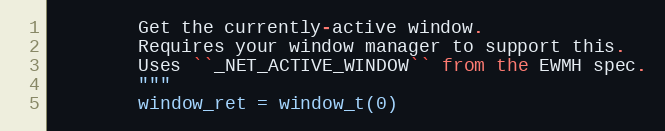
Language: Python
        Get the currently-active window.
        Requires your window manager to support this.
        Uses ``_NET_ACTIVE_WINDOW`` from the EWMH spec.
        """
        window_ret = window_t(0)